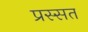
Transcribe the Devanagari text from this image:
प्रस्सत